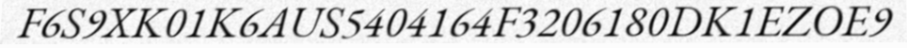
F6S9XK01K6AUS5404164F3206180DK1EZOE9